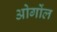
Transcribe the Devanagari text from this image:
ओगोंल